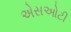
એસઓટી